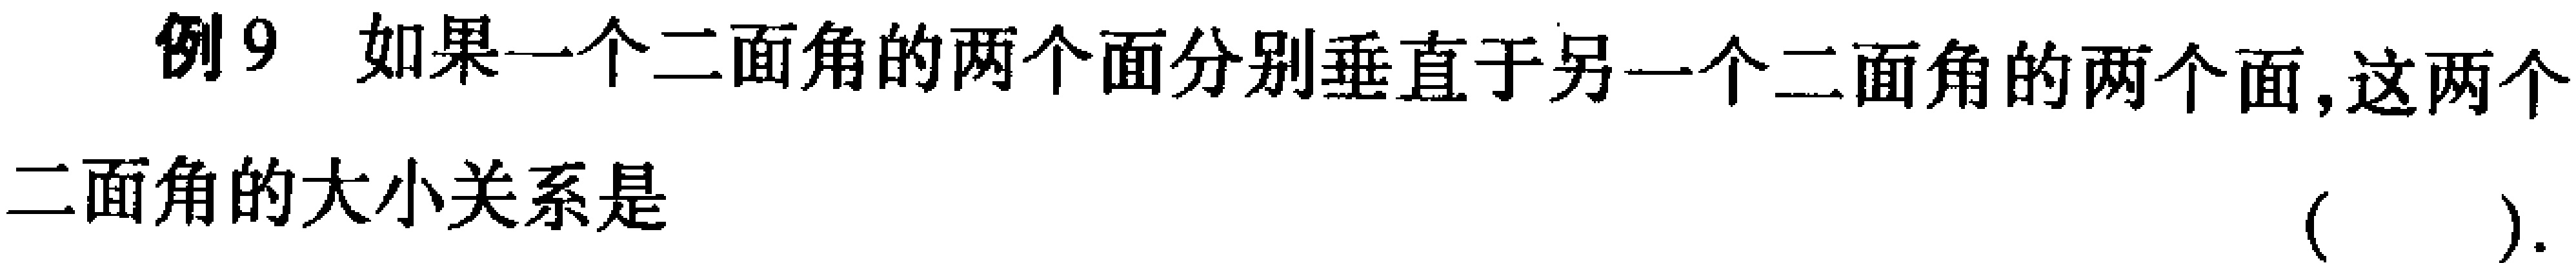
例9 如果一个二面角的两个面分别垂直于另一个二面角的两个面,这两个
二面角的大小关系是 （  ）.